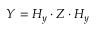
Y = H _ { y } \cdot Z \cdot H _ { y }